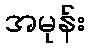
အမုန်း